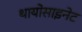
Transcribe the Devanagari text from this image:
थायोसाइनेट